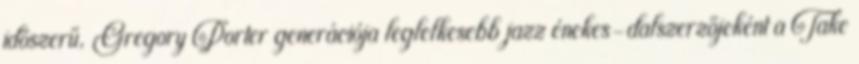
idõszerű, Gregory Porter generációja leglelkesebb jazz énekes-dalszerzőjeként a Take